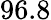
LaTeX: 96.8